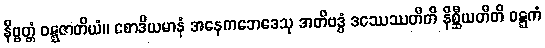
နိဗ္ဗတ္တံ ဝဋ္ဋဇာတိယံ။ စောဒိယမာနံ အနေကဘေဒေသု အတိဗဒ္ဓံ ဒဿေဿတီတိ နိစ္ဆီယတီတိ ဝဋ္ဋကံ